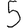
Digit: 5